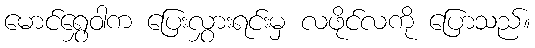
မောင်ရွှေဝါက ပြေးလွှားရင်းမှ လဖိုင်လကို ပြောသည်။